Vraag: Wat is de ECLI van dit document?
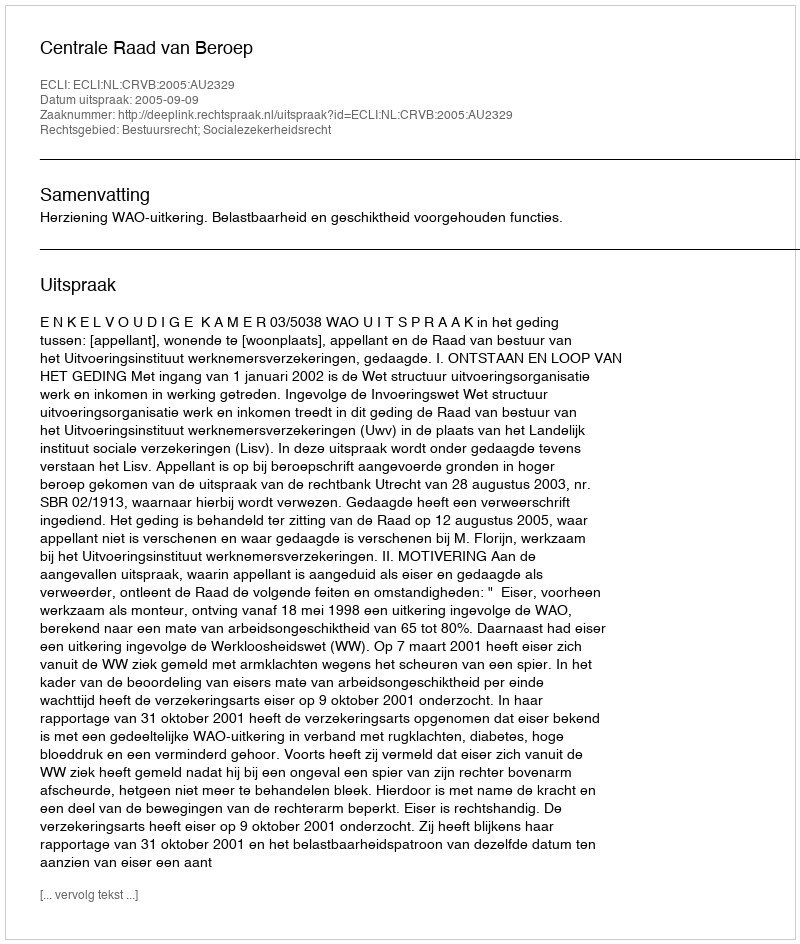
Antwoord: ECLI:NL:CRVB:2005:AU2329